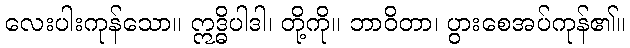
လေးပါးကုန်သော။ ဣဒ္ဓိပါဒါ၊ တို့ကို။ ဘာဝိတာ၊ ပွားစေအပ်ကုန်၏။